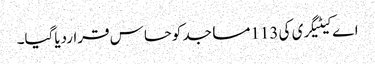
اے کیٹیگری کی 113مساجد کوحساس قراردیاگیا۔